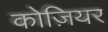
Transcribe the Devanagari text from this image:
कोज़ियर